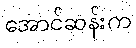
အောင်ဆန်းက